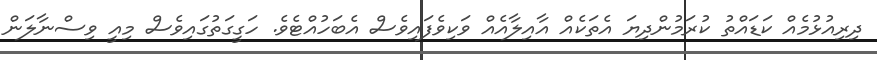
ދިރިއުޅުމެއް ކަޑައްތު ކުރަމުންދިޔަ އެތަކެއް އާއިލާއެއް ވަކިވެފައިވެސް އެބަހުއްޓެވެ. ހަގީގަތުގައިވެސް މިއީ ވިސްނާލަން